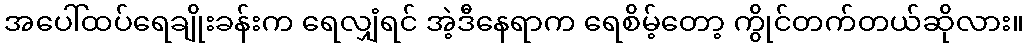
အပေါ်ထပ်ရေချိုးခန်းက ရေလျှံရင် အဲ့ဒီနေရာက ရေစိမ့်တော့ ကွိုင်တက်တယ်ဆိုလား။